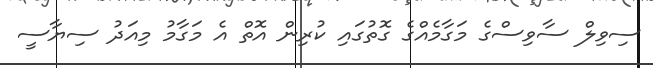
ސިވިލް ސާވިސްގެ މަގާމެއްގެ ގޮތުގައި ކުރިން އޮތް އެ މަގާމު މިއަދު ސިޔާސީ